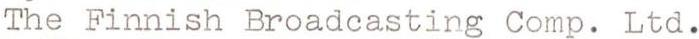
The Finnish Broadcasting Comp. Ltd.